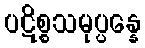
ပဋိစ္စသမုပ္ပန္နေ